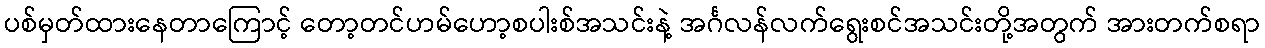
ပစ်မှတ်ထားနေတာကြောင့် တော့တင်ဟမ်ဟော့စပါးစ်အသင်းနဲ့ အင်္ဂလန်လက်ရွေးစင်အသင်းတို့အတွက် အားတက်စရာ